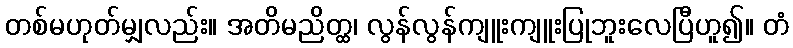
တစ်မဟုတ်မျှလည်း။ အတိမညိတ္ထ၊ လွန်လွန်ကျူးကျူးပြုဘူးလေပြီဟူ၍။ တံ